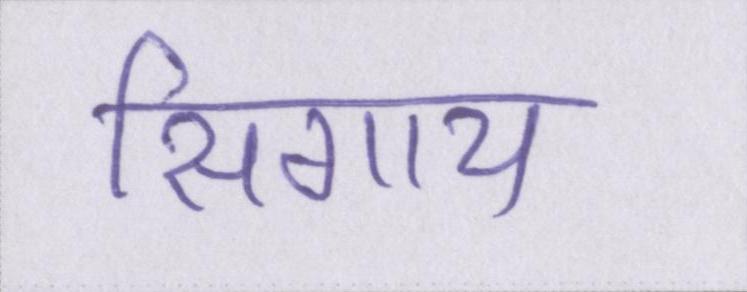
सिगाय